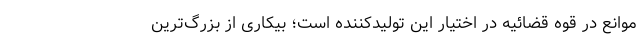
موانع در قوه قضائیه در اختیار این تولیدکننده است؛ بیکاری از بزرگ‌ترین